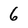
Character: 6